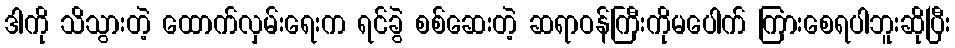
ဒါကို သိသွားတဲ့ ထောက်လှမ်းရေးက ရင်ခွဲ စစ်ဆေးတဲ့ ဆရာဝန်ကြီးကိုမပေါက် ကြားစေရပါဘူးဆိုပြီး